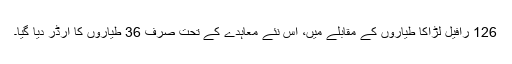
126 رافیل لڑاکا طیاروں کے مقابلے میں، اس نئے معاہدے کے تحت صرف 36 طیاروں کا آرڈر دیا گیا۔